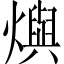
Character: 𤑉